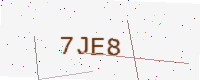
Text: 7JE8